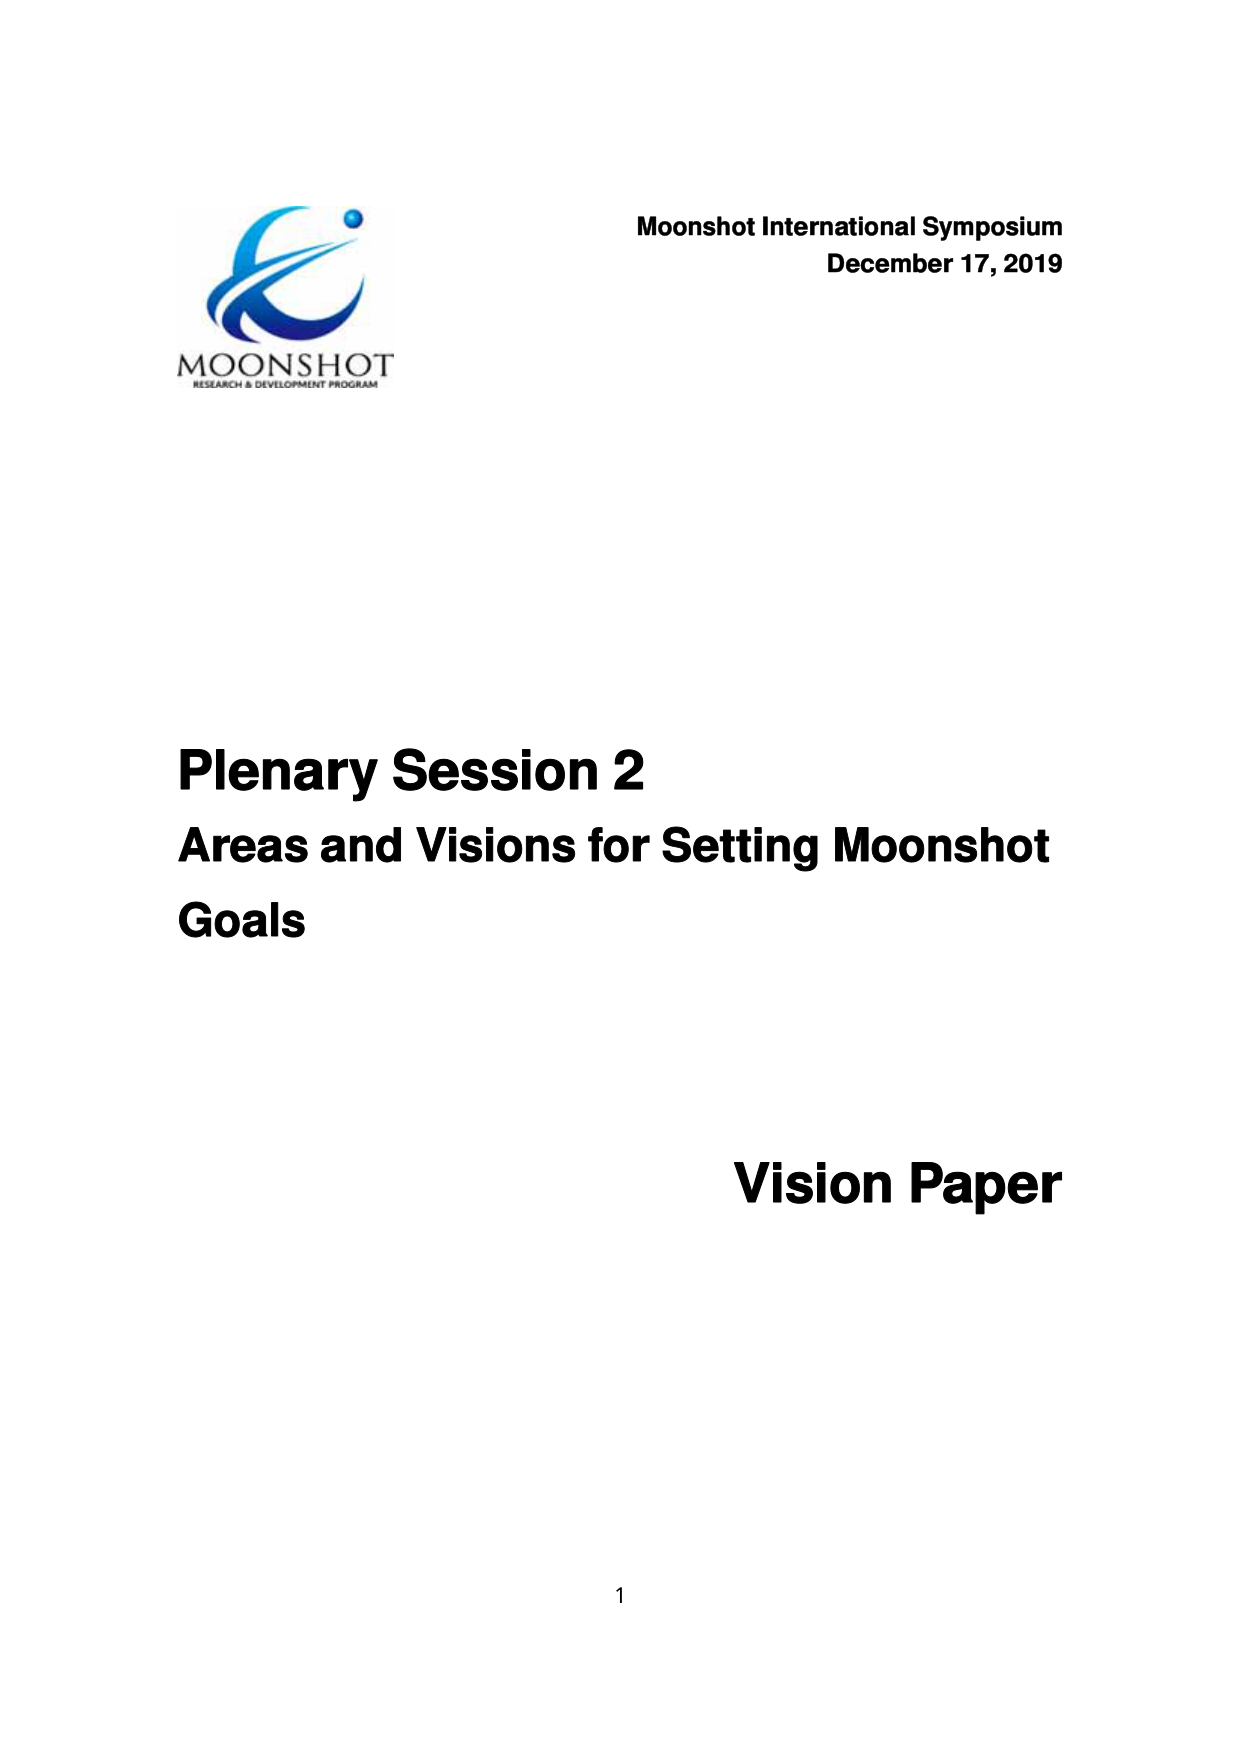
MOONSHOT
RESEARCH & DEVELOPMENT PROGRAM

Moonshot International Symposium
December 17, 2019

Plenary Session 2
Areas and Visions for Setting Moonshot
Goals

Vision Paper

1